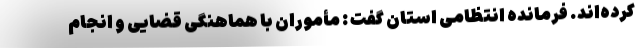
کرده‌اند. فرمانده انتظامی استان گفت : مأموران با هماهنگی قضایی و انجام